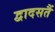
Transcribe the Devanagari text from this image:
द्वादसतैं